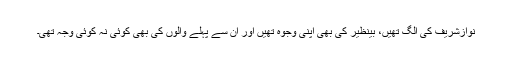
نوازشریف کی الگ تھیں، بینظیر کی بھی اپنی وجوہ تھیں اور ان سے پہلے والوں کی بھی کوئی نہ کوئی وجہ تھی۔